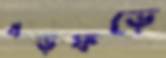
ধড়ফড়ে